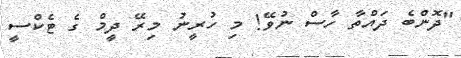
"ދޮންބެ ދައްތާ ހާސް ނުވޭ! މި ހުރީނު މިރޭ ދީމް ގެ ޓެކްސީ